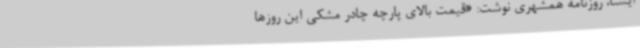
ایسنا، روزنامه همشهری نوشت: «قیمت بالای پارچه چادر‌ مشکی این روزها